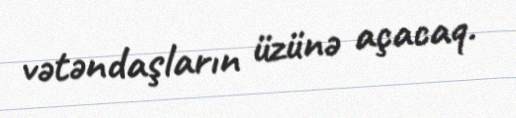
vətəndaşların üzünə açacaq.